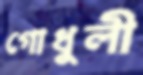
গোধুলী